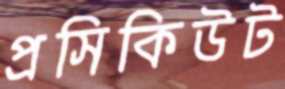
প্রসিকিউট